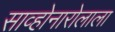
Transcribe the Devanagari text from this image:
साव्होनारोलाला